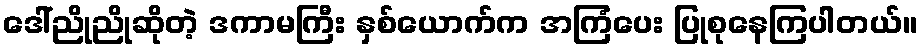
ဒေါ်ညိုညိုဆိုတဲ့ ဒကာမကြီး နှစ်ယောက်က အကြံပေး ပြုစုနေကြပါတယ်။